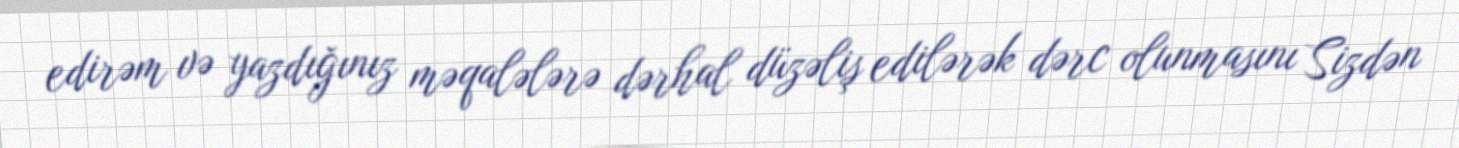
edirəm və yazdığınız məqalələrə dərhal düzəliş edilərək dərc olunmasını Sizdən